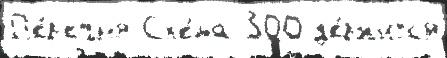
П'е́р'ечн'я Сх'е́ма 300 д'е́ржитс'я